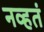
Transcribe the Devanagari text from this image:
नव्‍हतं